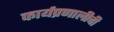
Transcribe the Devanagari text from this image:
कार्यप्रणालीची